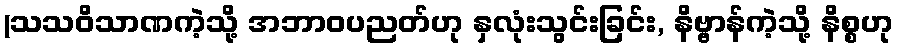
(သသဝိသာဏကဲ့သို့ အဘာဝပညတ်ဟု နှလုံးသွင်းခြင်း, နိဗ္ဗာန်ကဲ့သို့ နိစ္စဟု